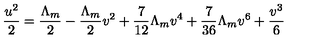
{ \frac { u ^ { 2 } } { 2 } } = { \frac { \Lambda _ { m } } { 2 } } - { \frac { \Lambda _ { m } } { 2 } } v ^ { 2 } + { \frac { 7 } { 1 2 } } \Lambda _ { m } v ^ { 4 } + { \frac { 7 } { 3 6 } } \Lambda _ { m } v ^ { 6 } + { \frac { v ^ { 3 } } { 6 } }